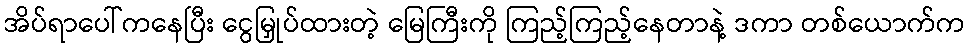
အိပ်ရာပေါ်ကနေပြီး ငွေမြှုပ်ထားတဲ့ မြေကြီးကို ကြည့်ကြည့်နေတာနဲ့ ဒကာ တစ်ယောက်က